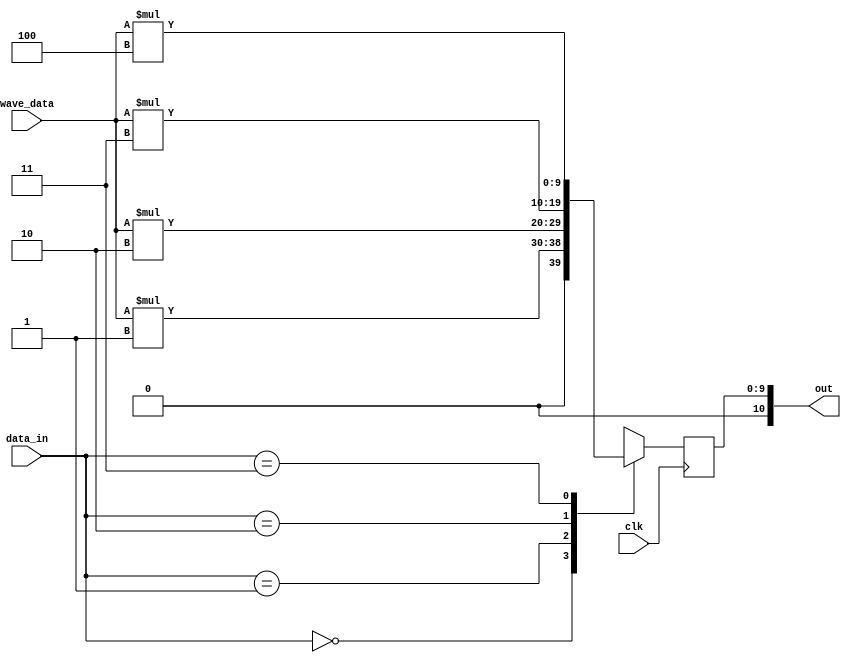
module amplitude_selector(clk, data_in, out, wave_data);
input clk;
input [1: 0] data_in;
input [7: 0] wave_data;
output [10 :0] out;

reg [9:0] temp;
assign out = temp;
wire [9:0] temp_1;
wire [9:0] temp_2;
wire [9:0] temp_3;
wire [9:0] temp_4;



assign temp_1 = wave_data * 1;
assign temp_2 = wave_data * 2;
assign temp_3 = wave_data * 3;
assign temp_4 = wave_data * 4;



always@(posedge clk)
begin
	case(data_in)
      2'b00:temp <= temp_1;
		2'b01:temp <= temp_2;
		2'b10:temp <= temp_3;
		2'b11:temp <= temp_4;
		default:temp <= temp_1;
	endcase
end

endmodule